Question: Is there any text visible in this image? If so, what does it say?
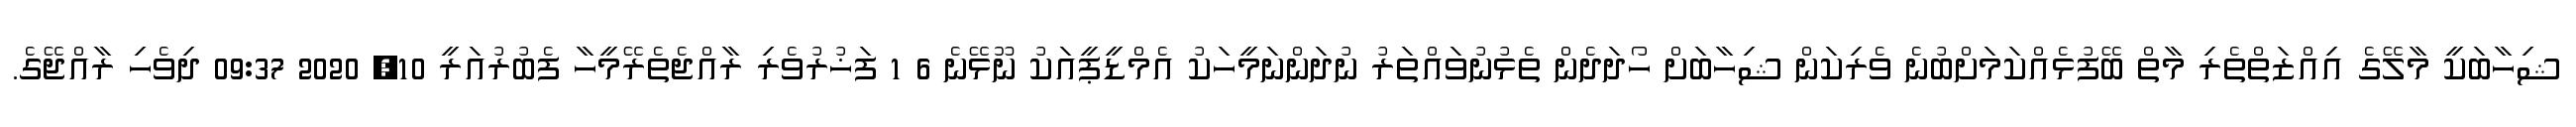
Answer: ޝިހާބަކީ މާލޭގެ އިއްޒަތްތެރި މާތް ބޭފުޅެއްކަމަށްބުނެ ވެރިކަން ޝިހާބަށް ހޯދަދެން ތެޅުނުވައްތަރު ނުދަންނަމީހަކު އެމްޑީޕީއަކު ނޫޅޭނެ 6 1 ފަޚުރުވެރި ރާއްޖެތެރޭމީހާ ފެބުރުއަރީ 10, 2020 09:37 ދިވެހި ރާއްޖޭގެ.